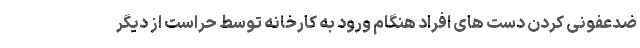
ضدعفونی کردن دست های افراد هنگام ورود به کارخانه توسط حراست از دیگر